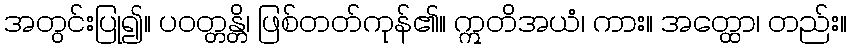
အတွင်းပြု၍။ ပဝတ္တန္တိ၊ ဖြစ်တတ်ကုန်၏။ ဣတိအယံ၊ ကား။ အတ္ထော၊ တည်း။